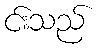
င်းသည်